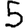
Digit: 5